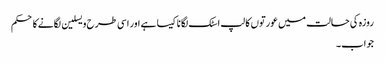
روزہ کی حالت میں عورتوں کا لپ اسٹک لگانا کیسا ہے اور اسی طرح ویسلین لگانےکا حکم
جواب۔